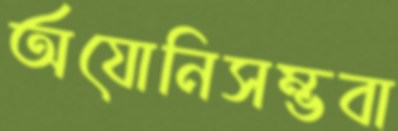
অযোনিসম্ভবা